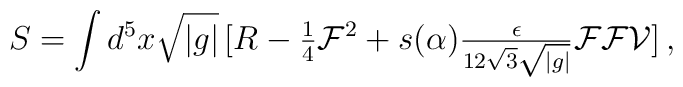
S=\int d^{5}x\sqrt{|g|}\,[R-{\textstyle\frac{1}{4}}\mathcal{F}^{2}+s(\alpha){\textstyle\frac{\epsilon}{12\sqrt{3} \sqrt{|g|}}}\mathcal{F}\mathcal{F}\mathcal{V}]\, ,